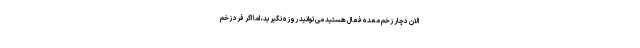
الان دچار زخم معده فعال هستید می‌توانید روزه نگیرید، اما اگر فرد زخم